Report on the working of the mental hospitals for Indians in Bihar and Orissa - 1925-1929
Year: 1925
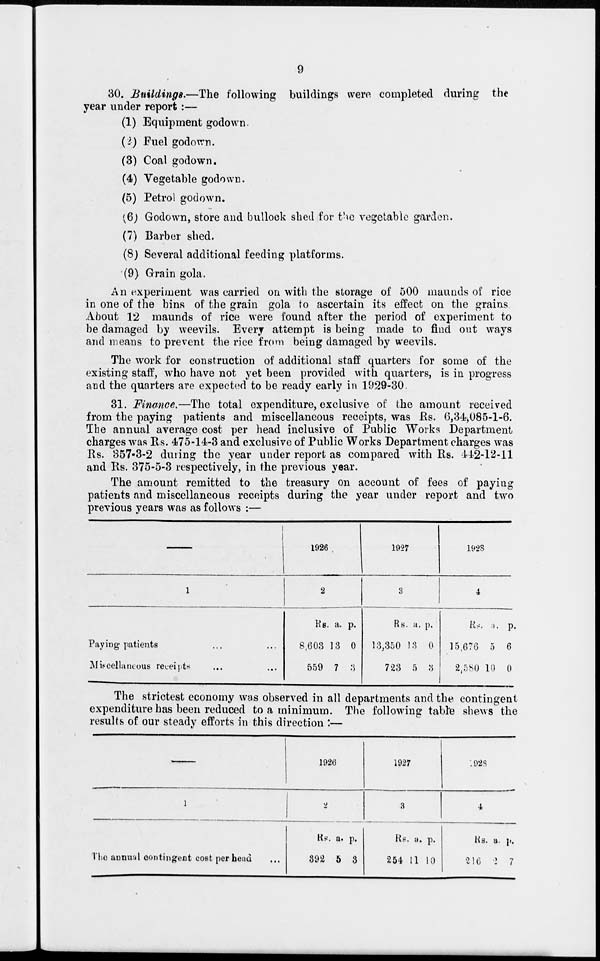
9
30. Buildings.—The following buildings were completed during the
year under report :—
(1) Equipment godown.
(2) Fuel godown.
(3) Coal godown.
(4) Vegetable godown.
(5) Petrol godown.
(6) Godown, store and bullock shed for the vegetable garden.
(7) Barber shed.
(8) Several additional feeding platforms.
(9) Grain gola.
An experiment was carried on with the storage of 500 maunds of rice
in one of the bins of the grain gola to ascertain its effect on the grains
About 12 maunds of rice were found after the period of experiment to
be damaged by weevils. Every attempt is being made to find out ways
and means to prevent the rice from being damaged by weevils.
The work for construction of additional staff quarters for some of the
existing staff, who have not yet been provided with quarters, is in progress
and the quarters are expected to be ready early in 1929-30
31. Finance.—The total expenditure, exclusive of the amount received
from the paying patients and miscellaneous receipts, was Rs. 6,34,085-1-6.
The annual average cost per head inclusive of Public Works Department
charges was Rs. 475-14-3 and exclusive of Public Works Department charges was
Rs. 357-3-2 during the year under report as compared with Rs. 442-12-11
and Rs. 375-5-3 respectively, in the previous year.
The amount remitted to the treasury on account of fees of paying
patients and miscellaneous receipts during the year under report and two
previous years was as follows :—
—
1
Paying patients ... ...
Miscellaneous receipts ... ...
1926
2
Rs.
8,603
559
a.
13
7
p.
0
3
1927
3
Rs.
13,350
723
a.
13
5
p.
0
3
1928
4
Rs.
15,676
2,580
a.
5
10
p.
6
0
The strictest economy was observed in all departments and the contingent
expenditure has been reduced to a minimum. The following table shews the
results of our steady efforts in this direction :—
—
1
The annual contingent cost per head ...
1926
2
RS.
392
a.
5
p.
3
1927
3
Rs.
254
a.
11
p.
10
1928
4
Rs.
216
a.
2
p.
7